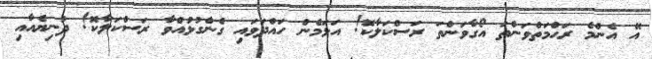
އޭ އެންމެ ރަޙްމަތްވަންތަ އޯގާވަންތަ ރަސްކަލާކޮ! އަޅަމެން ހައްދަވައި ގެންގުޅުއްވާ ރަސްކަލާކޮ! ދުނިޔެއާއި